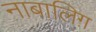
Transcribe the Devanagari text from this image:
नाबालिग़